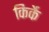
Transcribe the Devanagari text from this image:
किर्के